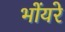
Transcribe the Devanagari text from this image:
भोंयरे